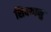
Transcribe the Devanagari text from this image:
सिवथानु